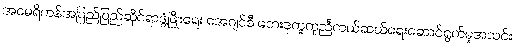
အမေရိကန်အပြည်ပြည်ဆိုင်ရာဖွံ့ဖြိုးရေး အေဂျင်စီ ဘေးဒုက္ခကူညီကယ်ဆယ်ရေးဆောင်ရွက်မှုအသင်း